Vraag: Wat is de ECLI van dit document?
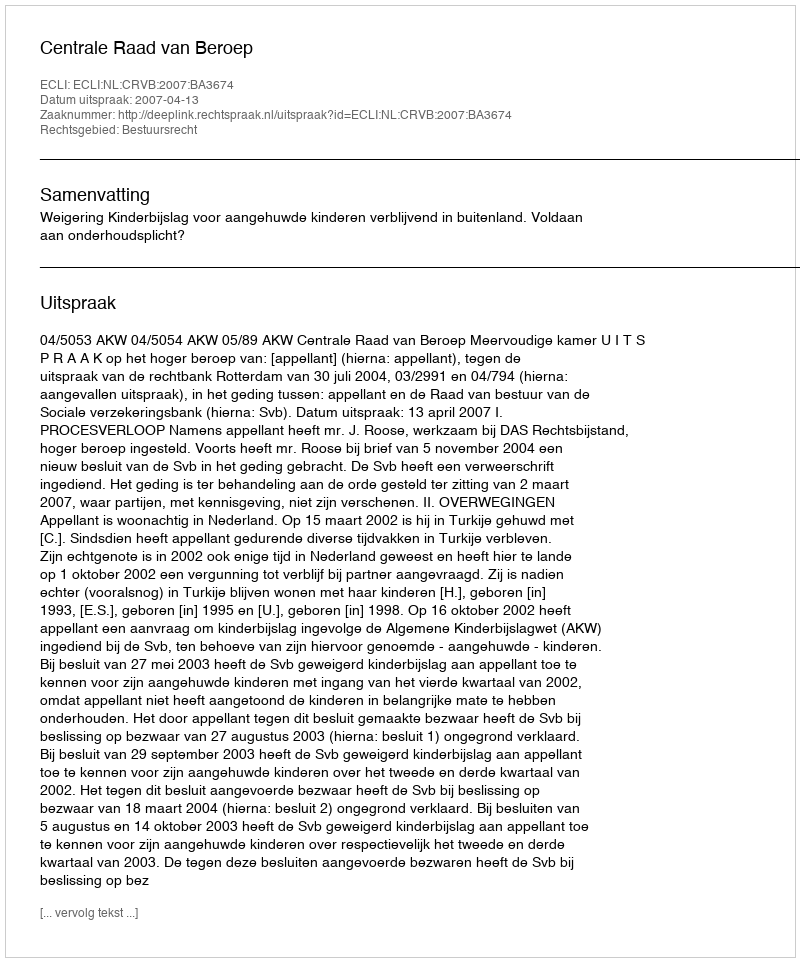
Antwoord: ECLI:NL:CRVB:2007:BA3674